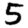
Digit: 5